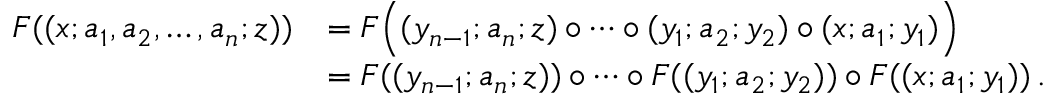
\begin{array} { r l } { F ( ( x ; a _ { 1 } , a _ { 2 } , \dotsc , a _ { n } ; z ) ) } & { = F \Bigl ( ( y _ { n - 1 } ; a _ { n } ; z ) ∘ \dotsb ∘ ( y _ { 1 } ; a _ { 2 } ; y _ { 2 } ) ∘ ( x ; a _ { 1 } ; y _ { 1 } ) \Bigr ) } \\ & { = F ( ( y _ { n - 1 } ; a _ { n } ; z ) ) ∘ \dotsb ∘ F ( ( y _ { 1 } ; a _ { 2 } ; y _ { 2 } ) ) ∘ F ( ( x ; a _ { 1 } ; y _ { 1 } ) ) \, . } \end{array}